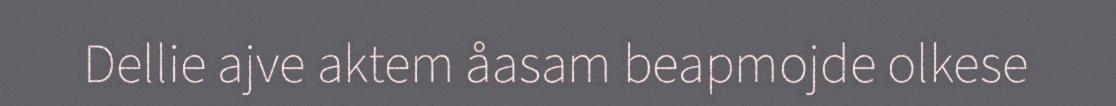
Dellie ajve aktem åasam beapmojde olkese